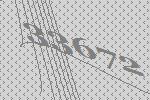
33672